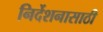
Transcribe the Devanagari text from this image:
निर्देशनासाठी